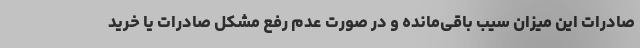
صادرات این میزان سیب باقی‌مانده و در صورت عدم رفع مشکل صادرات یا خرید